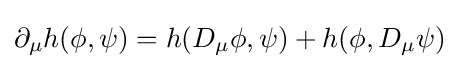
\partial _{\mu }h(\phi ,\psi )=h(D_{\mu }\phi ,\psi )+h(\phi ,D_{\mu }\psi )